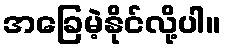
အခြေမဲ့နိုင်လို့ပါ။